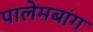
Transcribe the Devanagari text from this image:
पालेमबांग